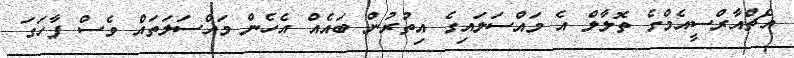
އެޗްއާރްސީއެމްގެ ތޮލާލް އެ މައްސަލައިގެ އިތުރުން ބައެއް އެހެން މައްސަލަތައް ވެސް ފާހަގަ